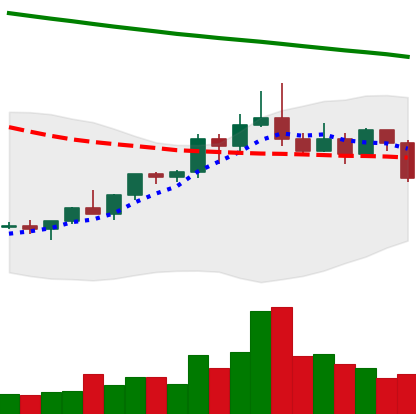
Ticker: ETC-USD
Chart end date: 2022-02-17
Forward return: -9.197%
Label: down_7plus